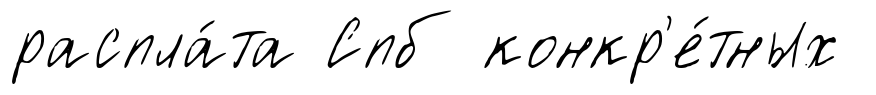
распла́та Спб конкр'е́тных